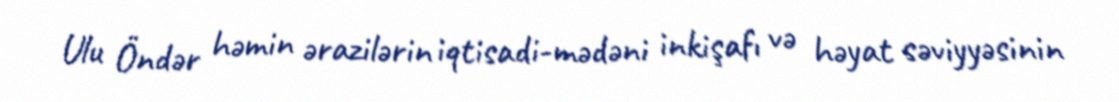
Ulu Öndər həmin ərazilərin iqtisadi-mədəni inkişafı və həyat səviyyəsinin